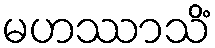
မဟဿာသိံ